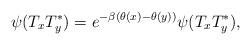
LaTeX: \begin{align*} \psi(T_xT_y^*) = e^{-\beta (\theta(x)-\theta(y))}\psi(T_xT_y^*),\end{align*}